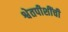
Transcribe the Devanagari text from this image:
श्वेतपीशींची